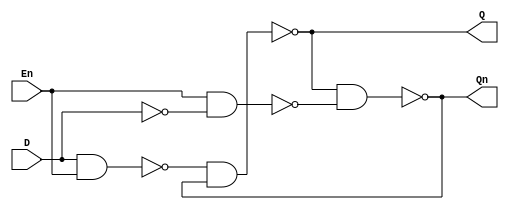
`timescale 1ns / 1ps
//////////////////////////////////////////////////////////////////////////////////
// Company: 
// Engineer: 
// 
// Design Name: 
// Module Name: D_Latch
// Project Name: 
// Target Devices: 
// Tool Versions: 
// Description: 
// 
// Dependencies: 
// 
// Revision:
// Revision 0.01 - File Created
// Additional Comments:
// 
//////////////////////////////////////////////////////////////////////////////////


module D_Latch(D,En,Q,Qn);
    input D,En;
    output Q,Qn;
    wire Sn,Rn,Dn;
    not i0(Dn,D);
    nand i1(Sn,D,En);
    nand i2(Rn,En,Dn);
    nand i3(Q,Sn,Qn);
    nand i4(Qn,Q,Rn);
endmodule

module D_Latch_TEST;
    reg D,En;
    wire Q,Qn;
    D_Latch ddd( .D(D), .En(En), .Q(Q), .Qn(Qn) );
    initial begin;

       D=1;
       En=1;
       #20;
       D=0;
       En=1;
       #20;
       En=0;
       D=0;
       En=0;
       #20;
       D=1;
       En=0;
       #20;
     end
endmodule